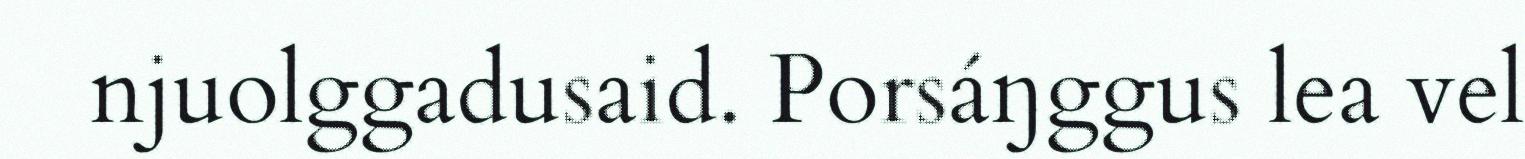
njuolggadusaid. Porsáŋggus lea vel